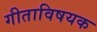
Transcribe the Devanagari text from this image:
गीताविषयक